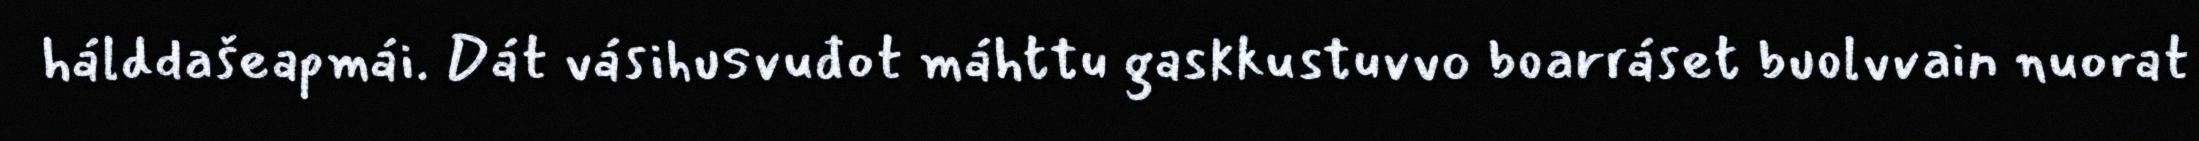
hálddašeapmái. Dát vásihusvuđot máhttu gaskkustuvvo boarráset buolvvain nuorat